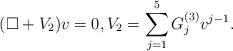
LaTeX: \begin{align*}(\Box + V_2) v = 0, V_2 = \sum_{j = 1}^5 G_j^{(3)} v^{j-1}.\end{align*}